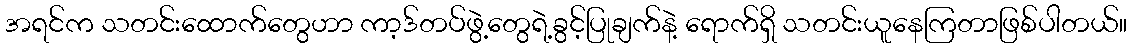
အရင်က သတင်းထောက်တွေဟာ ကာ့ဒ်တပ်ဖွဲ့တွေရဲ့ခွင့်ပြုချက်နဲ့ ရောက်ရှိ သတင်းယူနေကြတာဖြစ်ပါတယ်။